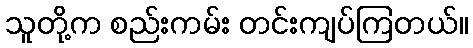
သူတို့က စည်းကမ်း တင်းကျပ်ကြတယ်။